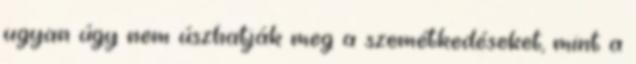
ugyan úgy nem úszhatják meg a szemétkedéseket, mint a